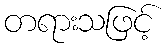
တရားသဖြင့်